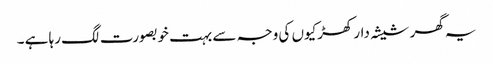
یہ گھر شیشہ دار کھڑکیوں کی وجہ سے بہت خوبصورت لگ رہا ہے ۔